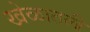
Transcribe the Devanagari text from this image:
खेळातली